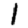
Digit: 1